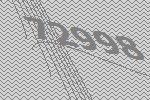
72998